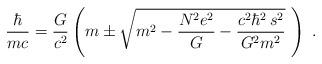
LaTeX: \begin{align*}\frac{\hbar}{mc} = \frac{G}{c^2} \left( m \pm \sqrt{m^2-\frac{N^2 e^2}{G} - \frac{c^2 \hbar^2 \, s^2}{G^2m^2}} \,\, \right) \;.\end{align*}